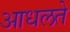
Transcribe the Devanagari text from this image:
आधलते